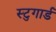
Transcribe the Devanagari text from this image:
स्टुगार्ड